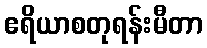
ဧရိယာစတုရန်းမီတာ